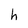
Character: h